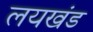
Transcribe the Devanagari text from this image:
लयखंड